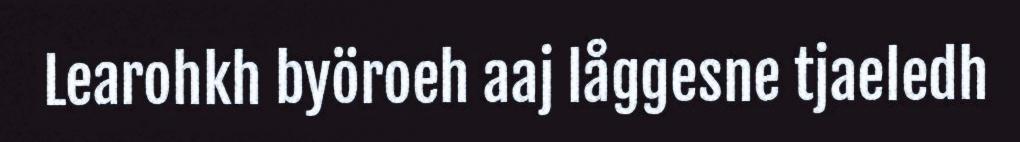
Learohkh byöroeh aaj låggesne tjaeledh